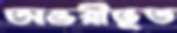
অস্তরীভূত